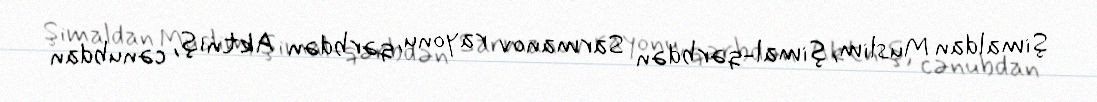
Şimaldan Muslim, şimal-qərbdən Sarmanov rayonu, qərbdən Aktnış, cənubdan